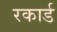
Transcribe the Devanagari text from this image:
रकार्ड